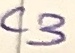
Text: C3